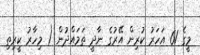
މީގެ 61 އަހަރު ކުރިން އޭރުގެ ނާދީ ތަމައްދުން ( މިހާރު ކީރިތި